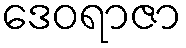
ဒေဝရာဇာ